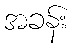
အခန်း